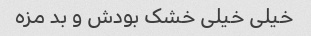
خیلی خیلی خشک بودش و بد مزه